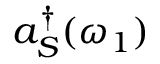
a _ { S } ^ { \dagger } ( \omega _ { 1 } )